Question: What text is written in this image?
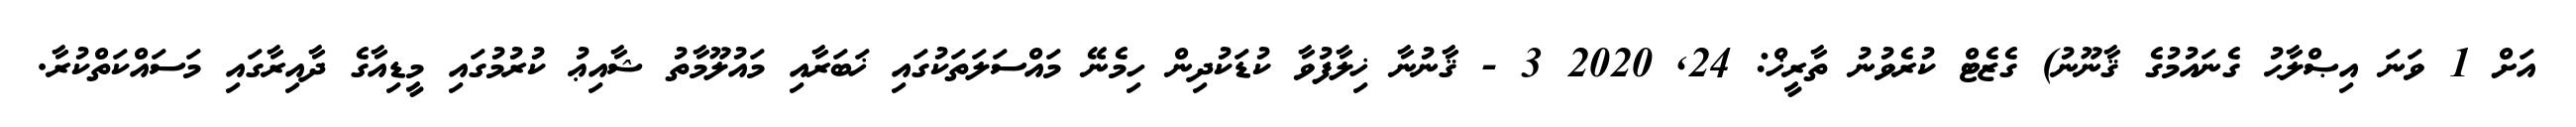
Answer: އަށް 1 ވަނަ އިޞްލާޙު ގެނައުމުގެ ޤާނޫނު) ގެޒެޓް ކުރެވުނު ތާރީޚް: 24, 2020 3 - ޤާނުނާ ޚިލާފުވާ ކުޑަކުދިން ހިމެނޭ މައްސަލަތަކުގައި ޚަބަރާއި މައުލޫމާތު ޝާއިޢު ކުރުމުގައި މީޑިއާގެ ދާއިރާގައި މަސައްކަތްކުރާ.